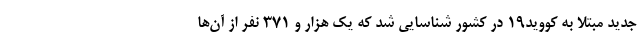
جدید مبتلا به کووید۱۹ در کشور شناسایی شد که یک هزار و ۳۷۱ نفر از آن‌ها